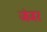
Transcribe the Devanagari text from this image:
जंजर